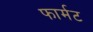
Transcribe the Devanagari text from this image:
फार्मट